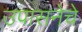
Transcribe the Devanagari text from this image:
उपासनेचे